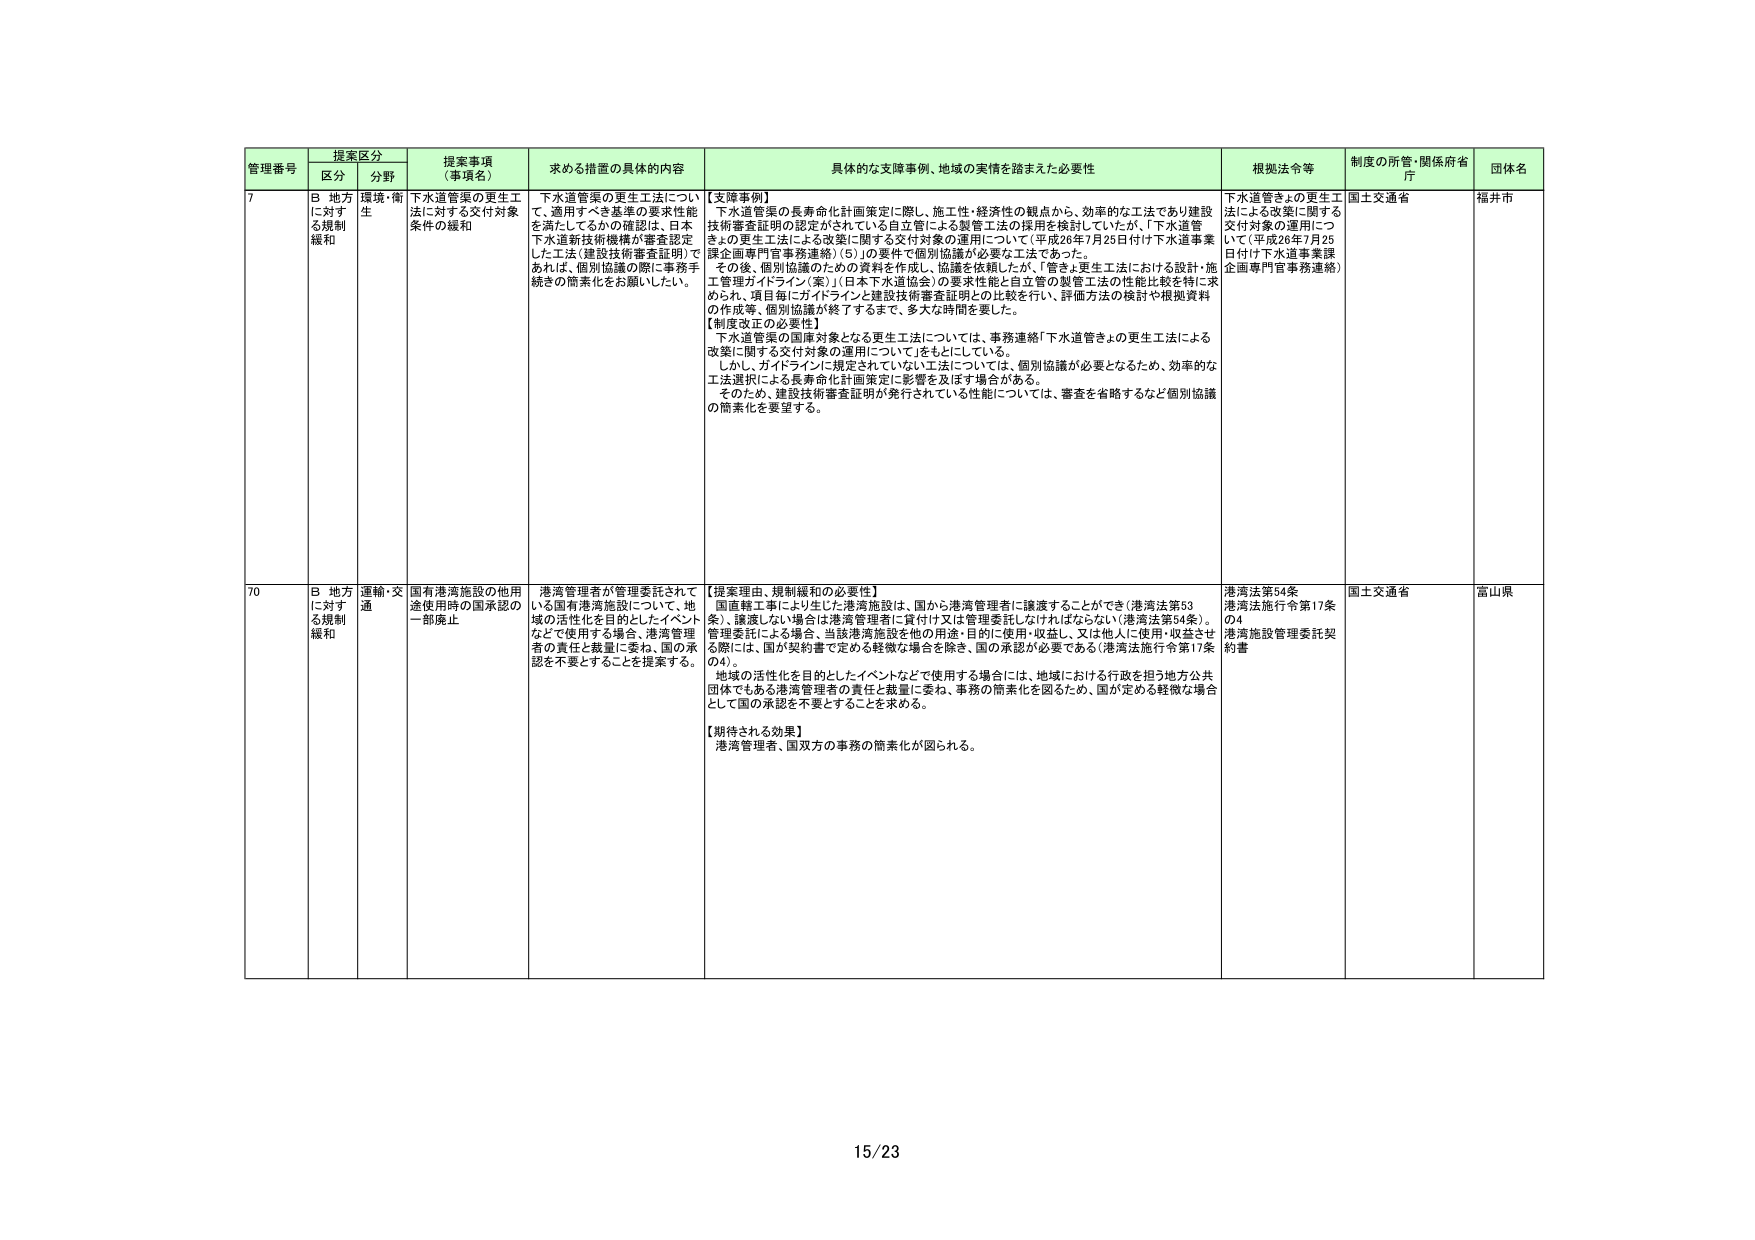
管理番号 提案区分 提案事項（事項名） 求める措置の具体的内容 具体的な支援事例、地域の実情を踏まえた必要性 根拠法令等 制度の所管・関係府省庁 団体名
区分 分野
7 B 地方に対する規制緩和 環境・衛生 下水道管渠の更生工法に対する交付対象条件の緩和 下水道管渠の更生工法について、適用すべき基準の要求性能を満たしているかの確認は、日本下水道新技術機構が審査認定した工法（建設技術審査証明）であれば、個別協議の際に事務手続きの簡素化をお願いしたい。 【支援事例】 「下水道管渠の長寿命化計画策定に際し、施工性・経済性の観点から、効率的な工法であり建設技術審査証明の認定がされている自立管による製管工法の採用を検討していたが、「下水道管きょの更生工法による改案に関する交付対象の運用について（平成26年7月25日付け下水道事業課企画専門官事務連絡）（5）」の要件で個別協議が必要な工法であった。 その後、個別協議のための資料を作成し、協議を依頼したが、「管きょ更生工法における設計・施工管理ガイドライン（案）」（日本下水道協会）の要求性能と自立管の製管工法の性能比較を特に求められ、項目毎にガイドラインと建設技術審査証明との比較を行い、評価方法の検討や根拠資料の作成等、個別協議が終了するまで、多大な時間を要した。 【制度改正の必要性】 下水道管渠の国庫対象となる更生工法については、事務連絡「下水道管きょの更生工法による改案に関する交付対象の運用について」をもとにしている。 しかし、ガイドラインに規定されていない工法については、個別協議が必要となるため、効率的な工法選択による長寿命化計画策定に影響を及ぼす場合がある。 そのため、建設技術審査証明が発行されている性能については、審査を省略するなど個別協議の簡素化を要望する。 下水道管きょの更生工法による改案に関する交付対象の運用について（平成26年7月25日付け下水道事業課企画専門官事務連絡） 国土交通省 福井市
70 B 地方に対する規制緩和 運輸・交通 国有港湾施設の他用途使用時の国承認の一部廃止 港湾管理者が管理委託されている国有港湾施設について、地域の活性化を目的としたイベントなどで使用する場合、港湾管理者の責任と裁量に委ね、国の承認を不要とすることを提案する。 【提案理由、規制緩和の必要性】 国直轄工事により生じた港湾施設は、国から港湾管理者に譲渡することができる（港湾法第53条）、譲渡しない場合は港湾管理者に貸付け又は管理委託しなければならない（港湾法第54条）。 管理委託による場合、当該港湾施設を他の用途・目的に使用・収益し、又は他人に使用・収益させる際には、国が契約書で定める軽微な場合を除き、国の承認が必要である（港湾法施行令第17条の4）。 地域の活性化を目的としたイベントなどで使用する場合には、地域における行政を担う地方公共団体でもある港湾管理者の責任と裁量に委ね、事務の簡素化を図るため、国が定める軽微な場合として国の承認を不要とすることを求める。 【期待される効果】 港湾管理者、国双方の事務の簡素化が図られる。 港湾法第54条 港湾法施行令第17条の4 港湾施設管理委託契約書 国土交通省 富山県
15/23